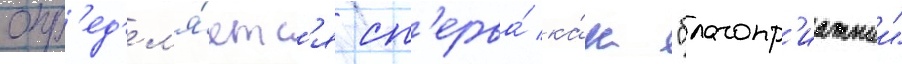
опр'ед'ел'я́етс'я сп'ерва́ ка́к "благопр'иатныи"